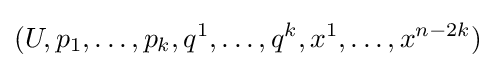
(U,p_{1},\ldots ,p_{k},q^{1},\ldots ,q^{k},x^{1},\ldots ,x^{n-2k})